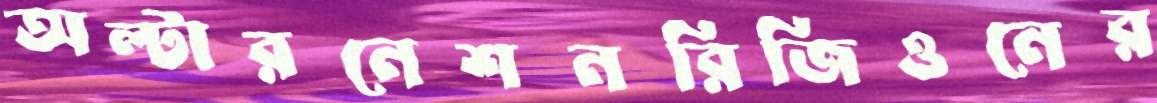
অল্টারনেশনরিজিওনের